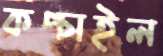
কপ্‌চাইল